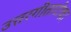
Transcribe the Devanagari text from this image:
उत्तरगीताटीका